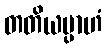
တတိယမ္ပာဟံ